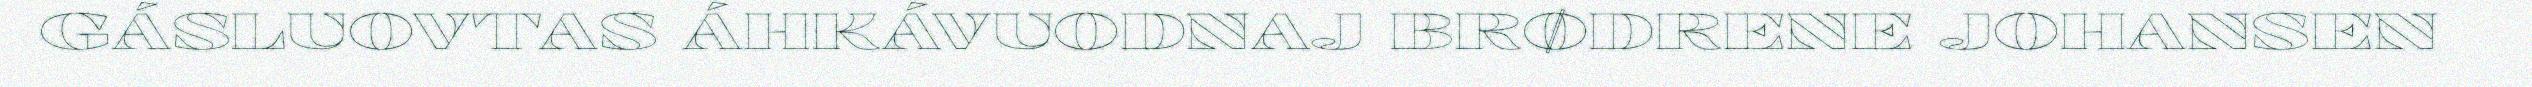
GÁSLUOVTAS ÁHKÁVUODNAJ BRØDRENE JOHANSEN